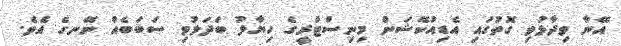
އޭނާ ވިދާޅުވި ގޮތުގައި އެޑިއުކޭޝަން މިނިސްޓްރީގެ ހިޔާލު ބަދަލުވި ސަބަބެއް ނޭނގެ އެވެ.